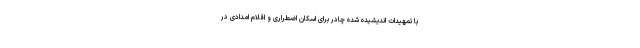
با تمهیدات اندیشیده شده چادر برای اسکان اضطراری و اقلام امدادی در